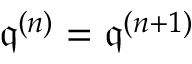
{ \mathfrak { q } } ^ { ( n ) } = { \mathfrak { q } } ^ { ( n + 1 ) }